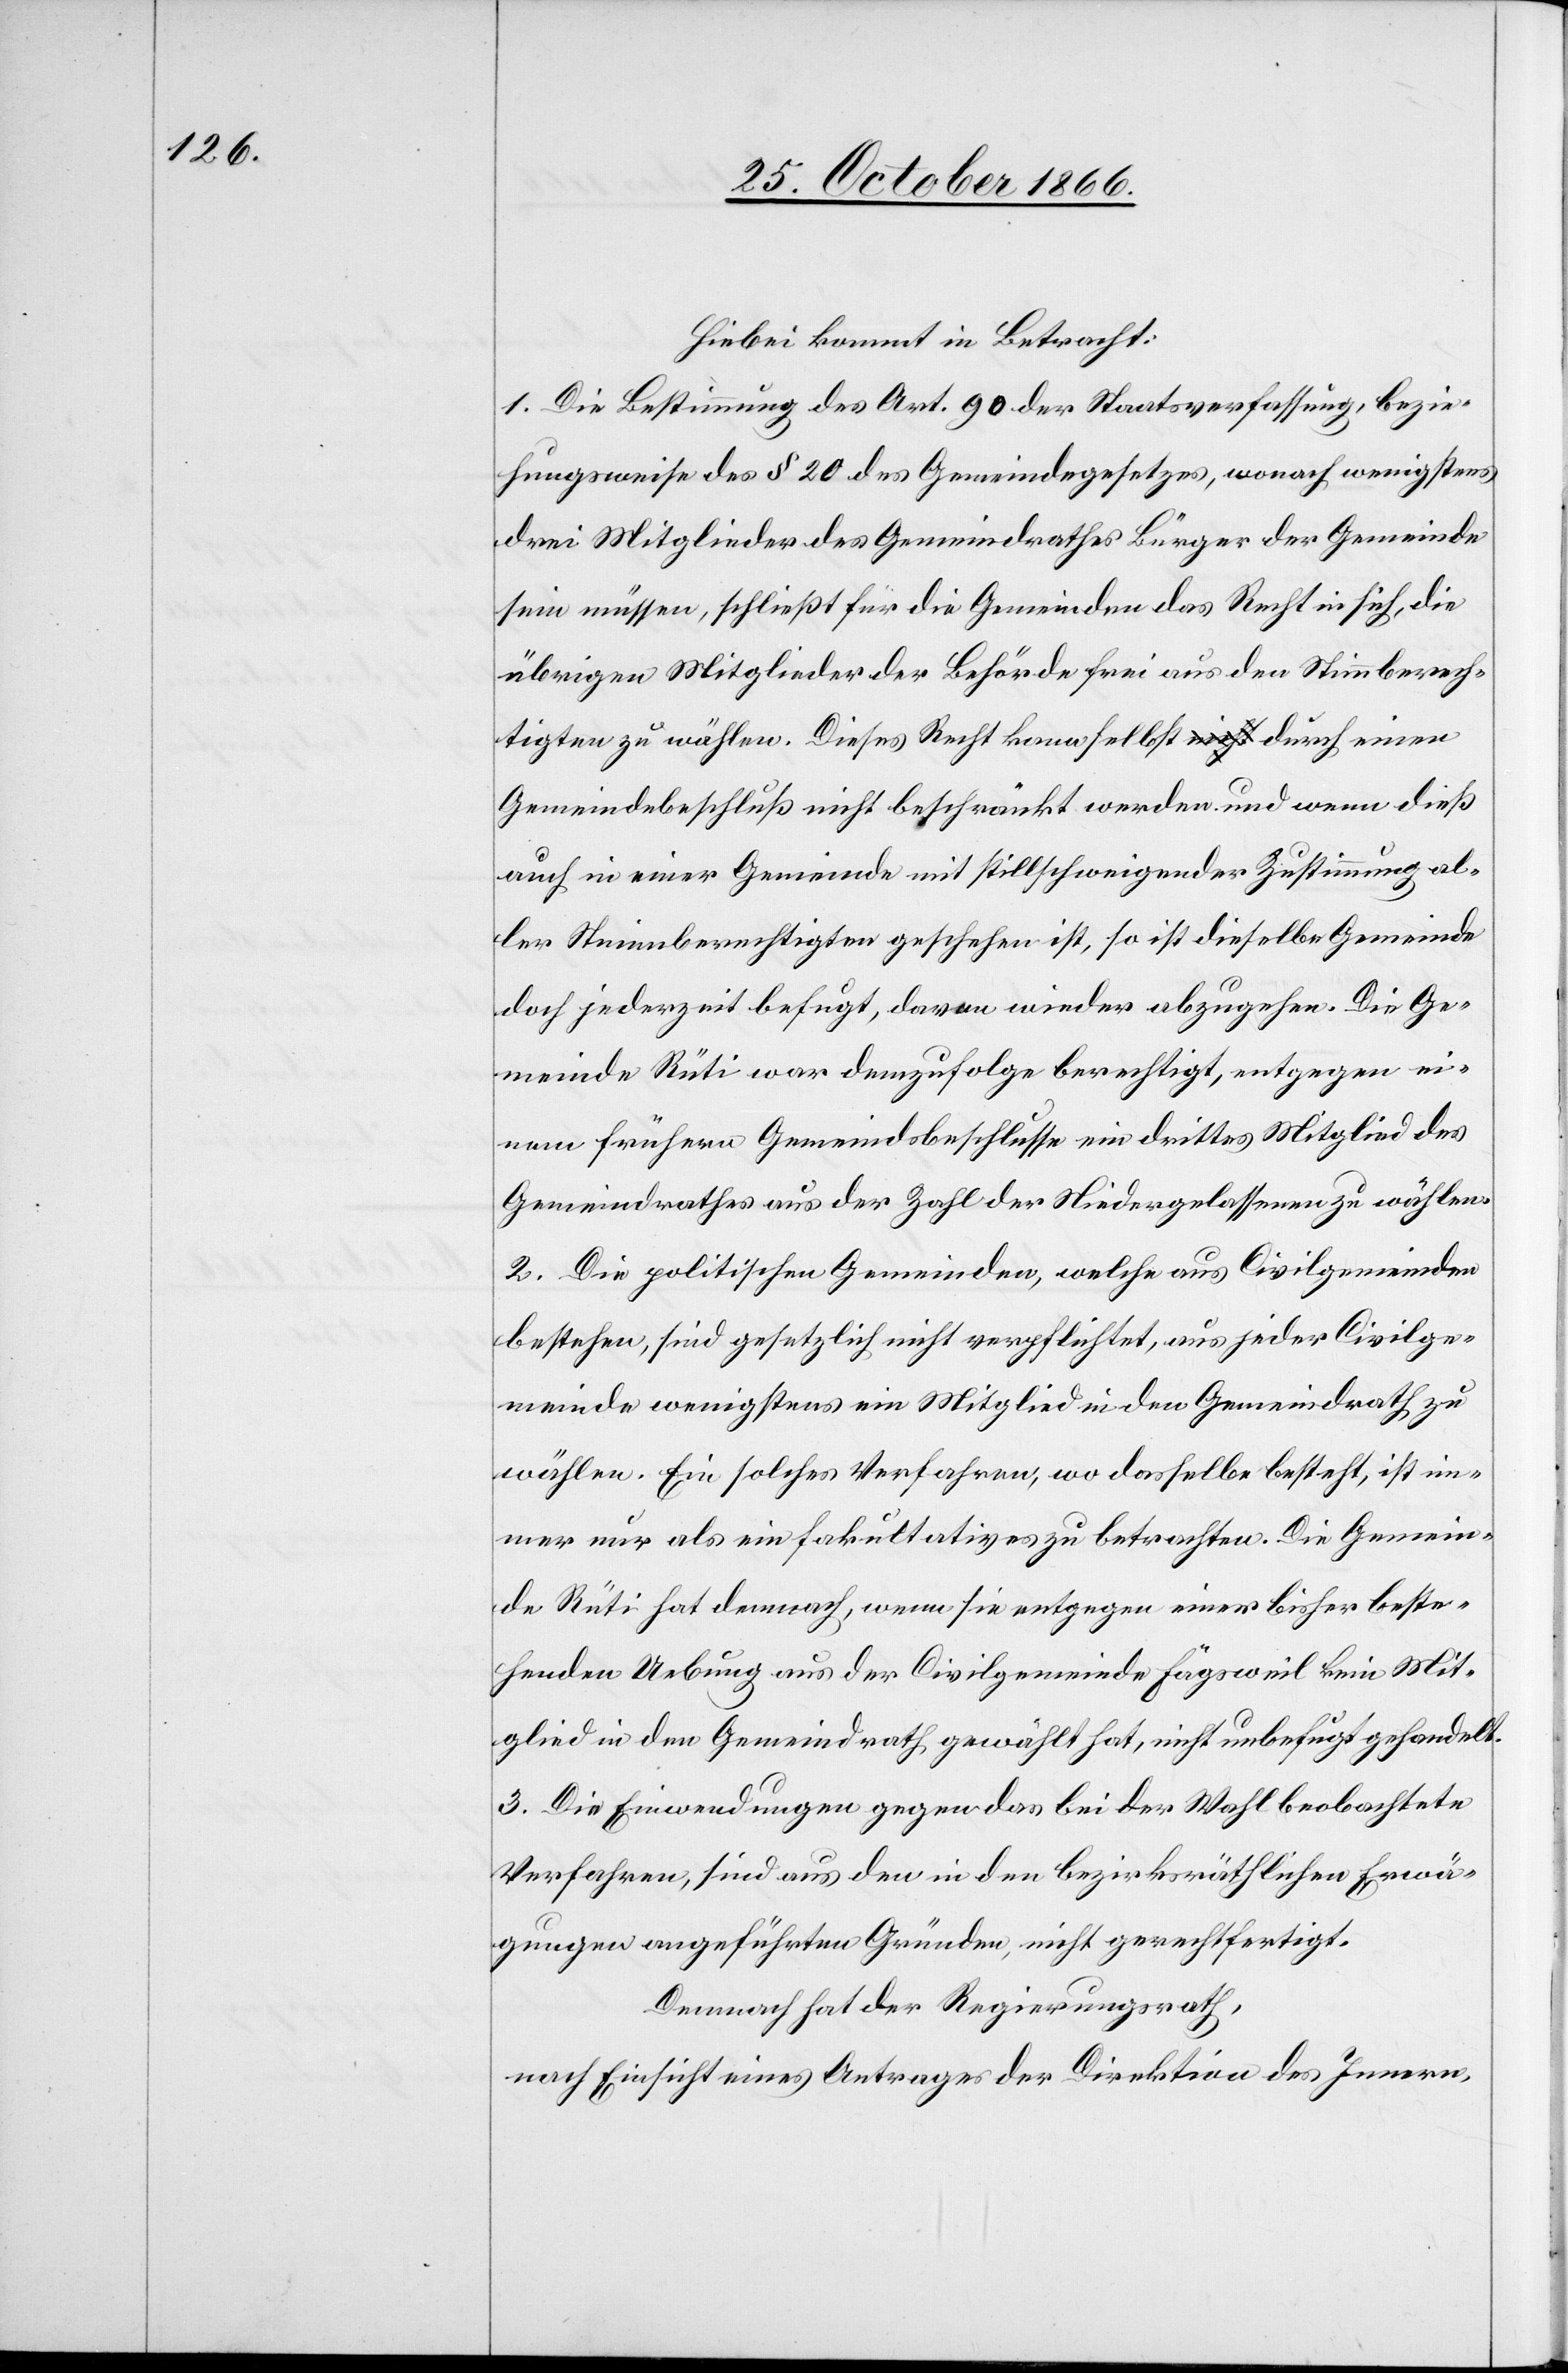
Hiebei kommt in Betracht:
1. Die Bestimmung des Art. 90 der Staatsverfassung, bezie¬
hungsweise des § 20 des Gemeindegesetzes, wonach wenigstens
drei Mitglieder des Gemeindrathes Bürger der Gemeinde
sein müssen, schließt für die Gemeinden das Recht in sich, die
übrigen Mitglieder der Behörde frei aus den Stimmberech¬
tigten zu wählen. Dieses Recht kann selbst durch einen
Gemeindebeschluß nicht beschränkt werden und wenn dieß
auch in einer Gemeinde mit stillschweigender Zustimmung al¬
ler Stimmberechtigten geschehen ist, so ist dieselbe Gemeinde
doch jederzeit befugt, davon wieder abzugehen. Die Ge¬
meinde Rüti war demzufolge berechtigt, entgegen ei¬
nem frühern Gemeindsbeschlusse ein drittes Mitglied des
Gemeindrathes aus der Zahl der Niedergelassenen zu wählen.
2. Die politischen Gemeinden, welche aus Civilgemeinden
bestehen, sind gesetzlich nicht verpflichtet, aus jeder Civilge¬
meinde wenigstens ein Mitglied in den Gemeindrath zu
wählen. Ein solches Verfahren, wo dasselbe besteht, ist im¬
mer nur als ein fakultatives zu betrachten. Die Gemein¬
de Rüti hat demnach, wenn sie entgegen einer bisher beste¬
henden Uebung aus der Civilgemeinde Fägsweil kein Mit¬
glied in den Gemeindrath gewählt hat, nicht unbefugt gehandelt.
3. Die Einwendungen gegen das bei der Wahl beobachtete
Verfahren, sind aus den in den bezirksräthlichen Erwä¬
gungen angeführten Gründen, nicht gerechtfertigt.
Demnach hat der Regierungsrath,
nach Einsicht eines Antrages der Direktion des Innern,